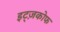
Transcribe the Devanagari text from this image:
इट्ज़कोफ